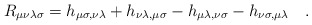
\begin{align*}R_{\mu\nu\lambda\sigma} =h_{\mu\sigma,\nu\lambda}+h_{\nu\lambda,\mu\sigma}-h_{\mu\lambda,\nu\sigma}-h_{\nu\sigma,\mu\lambda} \quad .\end{align*}